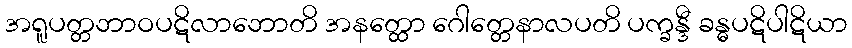
အရူပတ္တဘာဝပဋိလာဘောတိ အနတ္ထော ဂေါတ္တေနာလပတိ ပက္ခန္ဒီ ခန္ဓပဋိပါဋိယာ